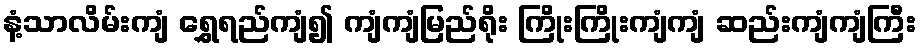
နံ့သာလိမ်းကျံ ရွှေရည်ကျံ၍ ကျံကျံမြည်ရိုး ကြိုးကြိုးကျံကျံ ဆည်းကျံကျံကြီး